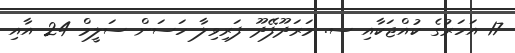
17 އަހަރުގެ ކުއްޖަކާއި ސ. މަރަދޫފޭދޫ ފަރިވިލާ ހަސަން ސަލީމް 24 އާއި